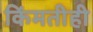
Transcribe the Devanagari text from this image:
किंमतीही